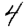
Digit: 4